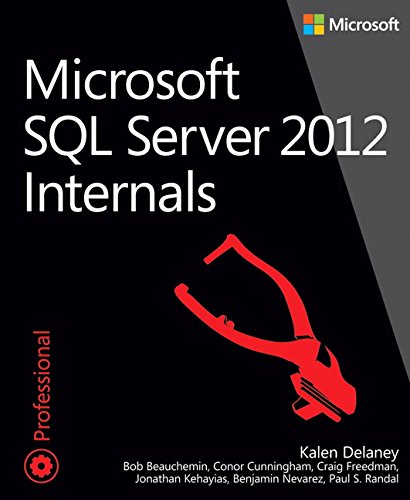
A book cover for Microsoft SQL Server 2012 Internals (Developer Reference); Kalen Delaney; Computers & Technology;